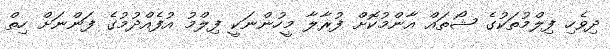
ދިވެހި ފިލްމުތަކުގެ ޝޯތައް އާންމުކޮށް ފުރާލާ މީހުންނަކީ ފިލްމު އުފެއްދުމުގެ ފަންނަށް ހިތް